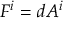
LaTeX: F ^ { i } = d A ^ { i }